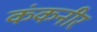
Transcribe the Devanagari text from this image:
कंकनीर